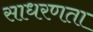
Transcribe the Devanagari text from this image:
साधरणता